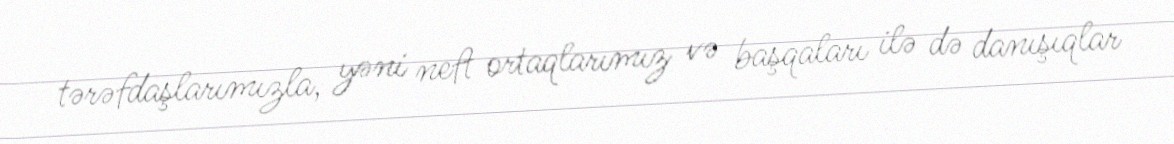
tərəfdaşlarımızla, yəni neft ortaqlarımız və başqaları ilə də danışıqlar